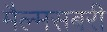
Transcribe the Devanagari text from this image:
मैल्मसबरी